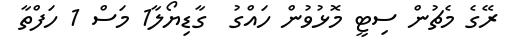
ރޭގެ މެޗުން ސިޓީ މޮޅުވުން ހައްގު  ގާޑިޔޯލާ1 މަސް 1 ހަފްތާ